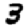
Digit: 3